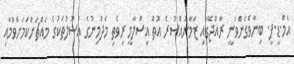
އެމް.ޑީ.ޕީ. ބިނާވެގެންވަނީ ރާއްޖޭގައި ޒަމާނުއްސުރެ އޮތް އިސްލާމީ ރިވެތި މެދުމިނުގެ އުސޫލުތަކުގެ މައްޗަށްކަމަށްވުމާއި